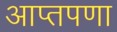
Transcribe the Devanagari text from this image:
आप्तपणा